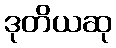
ဒုတိယဆု